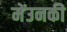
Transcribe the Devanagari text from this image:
मेंउनकी